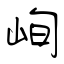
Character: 峋